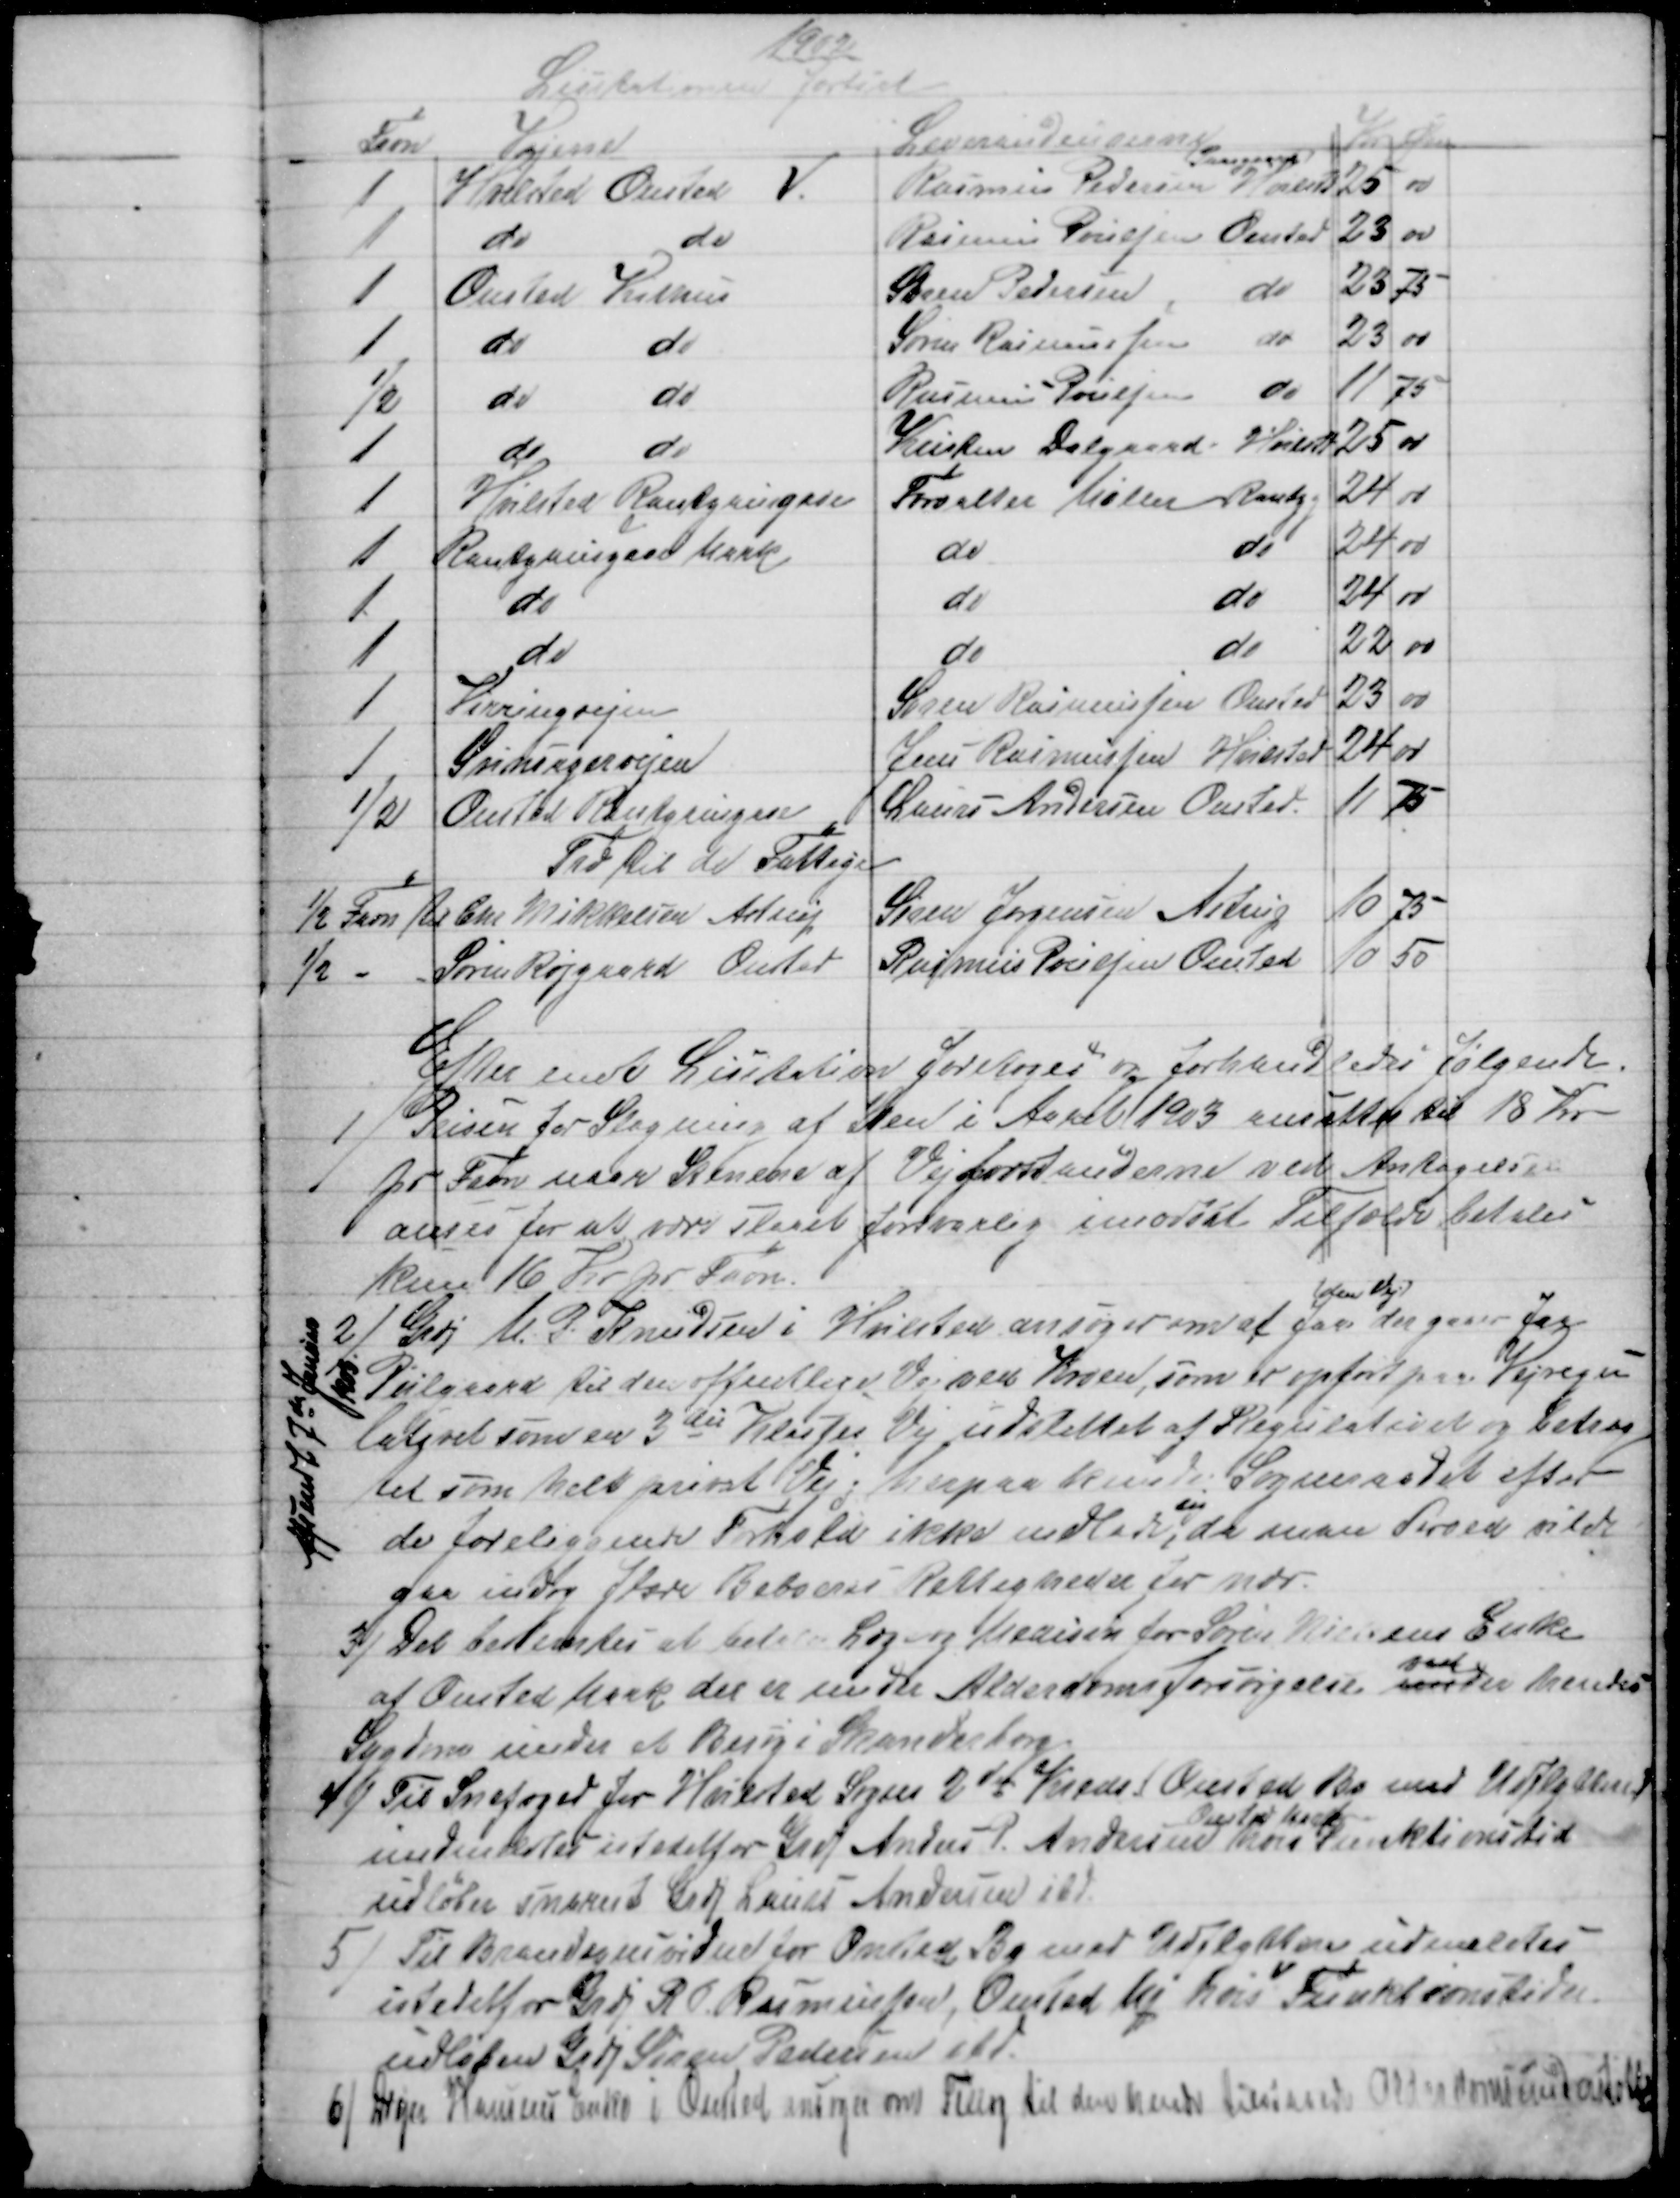
Transskription:
1902
Licitationen fortsat
Favn
Vejene
Leverandeurerne
Kr Øre
1
Hvilsted Onsted V.
Rasmus Pedersen 
Paasgaard
Hvilsted
25 00
1
do
do
Rasmus Poulsen Onsted
23
00
1
Onsted Kithus
Søren Pedersen
do
25 75
1
do
do
Søren Rasmussen
do
23
00
½
do
do
Rasmus Poulsen
do
11 75
1
do
do
Kristen Dalgaard Hvilstd
25 00
1
Hvilsted Rantzausgave
Forvalter Møller Rantzg
24
00
1
Rantzausgave Mark
do
do
24
00
1
do
do
do
24
00
1
do
do
do
22
00
1
Virringvejen
Søren Rasmussen Onsted
23
00
1
Svinsagervejen
Jens Rasmussen Hvilsted
24
00
½
Onsted Rantzausgave
Laurs Andersen Onsted.
11
75
Træ til de Fattige
½ Favn til
Chr Mikkelsen, Astrup
Søren Jørgensen Astrup
10
75
½
Søren Røjgaard, Onsted
Rasmus Poulsen Onsted
10
50
Efter endt Licitation foretoges og forhandledes følgende.
1)
Prisen for Slagning af Sten i Aaret 1903 ansattes til 18 Kr
pr Fvn naar Stenene af Vejforstanderne ved Antagelsen
anses for at være slaget forsvarlig imodsat Tilfælde betales
kun 16 Kr pr Favn.
2)
Grdj M. P. Knudsen i Hvilsted ansøger om at faa
den Vej
der gaaer fra
Piilgaard til den offentlige Vej ved Kroen, som er opført paa Vejregu-
lativet som en 3die Klasses Vej udslettet af Regulativet og betrag
tes som helt privat Vej, herpaa kunde Sogneraadet efter
de foreliggende Forhold ikke indlade 
sig
da man derved vilde
gaa indog flere Beboeres Rettigheder for nær.
Afsendt 7de Januar
1903
3) 
Det bestemtes at betale Læge og Medisin for Søren Nielsens Enke
af Onsted Mark der er under Alderdomsforsørgelse under 
ved
hendes
Sygdom under et Besøg i Skanderborg.
4) 
Til Snefoged for Hvilsted Sogns 2de Kreds (Onsted By med Udflyttere)
undmeldtes istedetfor Grdj Anders P. Andersen 
Onsted Mark
hvis Funktionstid
udløber snarest Grdj Laurs Andersen ibd
5)
Til Brandsynsvidne for Onsted By med Udflyttere udmeldtes
istedet for Grdj R. P. Rasmussen, Onsted Mq hvis Funktionstid er
udløben Grdj Søren Pedersen ibd
6) 
Drejer Hansens Enke i Onsted ansøger om Tillæg til den hende tilstaaede Alderdomsunderstøttelse